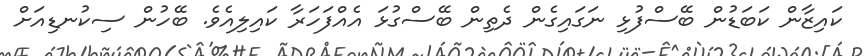
ކައިޒާން ކަބަޑުން ބޭސްފުޅި ނަގައިގެން ދެތިން ބޭސްގުޅަ އެއްފަހަރާ ކައިލިއެވެ. ބޭހުން ސިކުނޑިއަށް